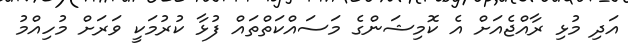
އަދި މުޅި ރާއްޖެއަށް އެ ކޮމިޝަންގެ މަސައްކަތްތައް ފުޅާ ކުރުމަކީ ވަރަށް މުހިއްމު